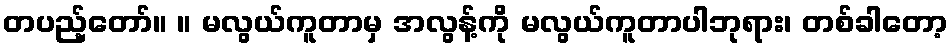
တပည့်တော်။ ။ မလွယ်ကူတာမှ အလွန့်ကို မလွယ်ကူတာပါဘုရား၊ တစ်ခါတော့